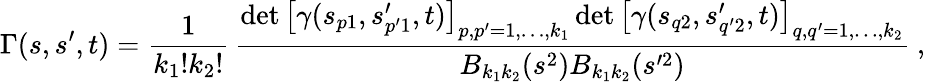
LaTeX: \Gamma(s,s^{\prime},t)=\frac{1}{k_{1}!k_{2}!}\, \frac{\operatorname*{det}\left[\gamma(s_{p1},s_{p^{\prime}1}^{\prime},t)\right]_{p,p^{\prime}=1,\ldots,k_{1}}\operatorname*{det}\left[\gamma(s_{q2},s_{q^{\prime}2}^{\prime},t)\right]_{q,q^{\prime}=1,\ldots,k_{2}}}{B_{k_{1}k_{2}}(s^{2})B_{k_{1}k_{2}}(s^{\prime 2})}\ ,